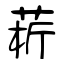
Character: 菥